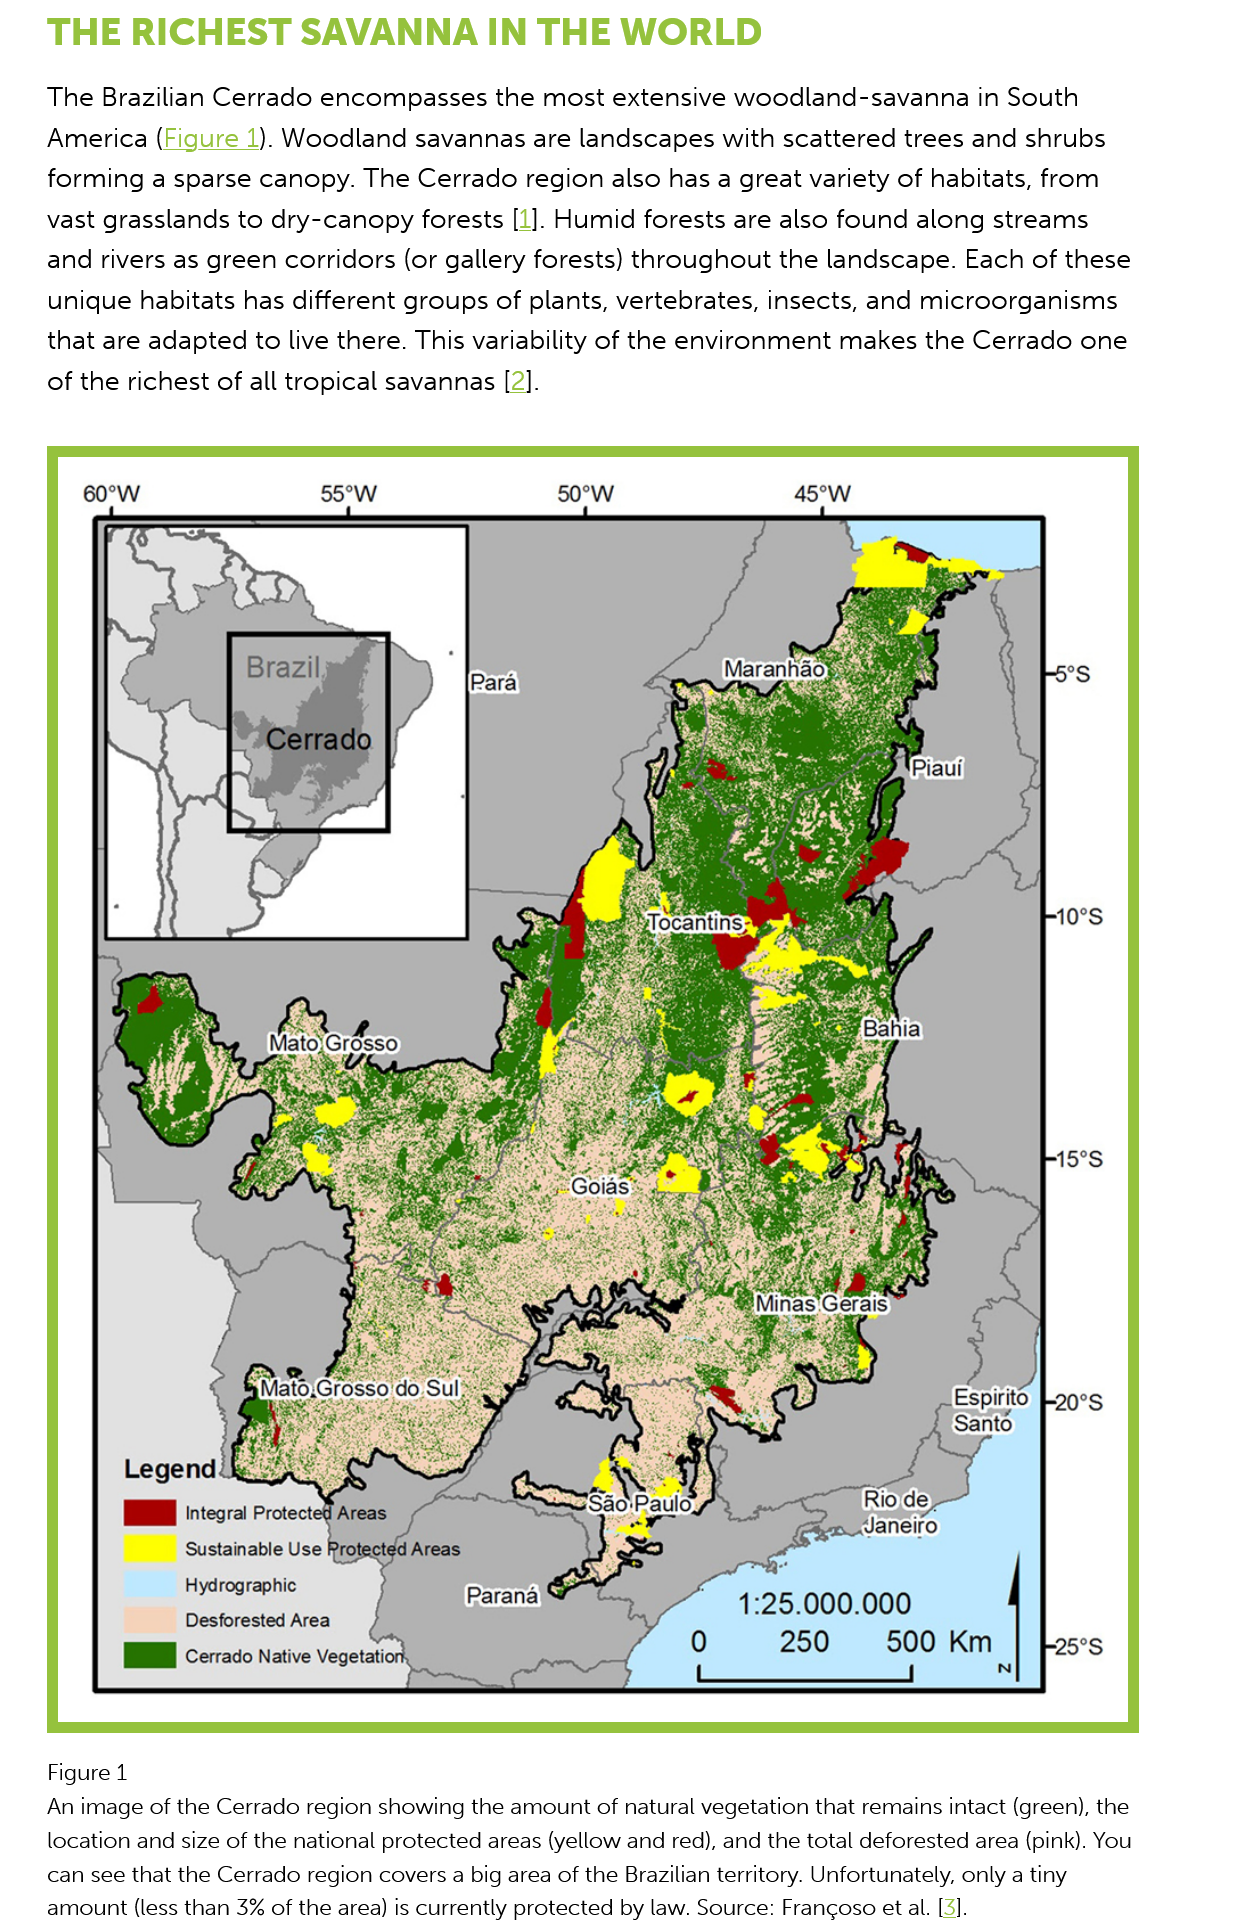
THE    RICHEST    SAVANNA    IN  THE    WORLD
     The Brazilian Cerrado  encompasses    the most  extensive woodland-savanna    in South
     America  (Figure  1). Woodland savannas are  landscapes  with scattered  trees and shrubs
     forming  a sparse canopy. The  Cerrado  region  also has a great variety of habitats, from
     vast grasslands to dry-canopy forests  [1]. Humid forests are also found  along streams
     and rivers as green corridors (or gallery forests) throughout the landscape.  Each of these
     unique  habitats has different groups of plants, vertebrates, insects, and microorganisms
     that are adapted to live there. This variability of the environment makes the Cerrado   one
     of the richest of all tropical savannas [2].
     Espirito
     Santo
     Legend
     oy
     i    Integral Protected
     Hydrographic
     Desforested Area
     Figure 1
     An image of the Cerrado region showing the amount of natural vegetation that remains intact (green), the
     location and size of the national protected areas (yellow and red), and the total deforested area (pink). You
     can see that the Cerrado region covers a big area of the Brazilian territory. Unfortunately, only a tiny
     amount (less than 3% of the area) is currently protected by law. Source: Frangoso et al. [3].